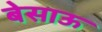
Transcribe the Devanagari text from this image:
बेसाऊ